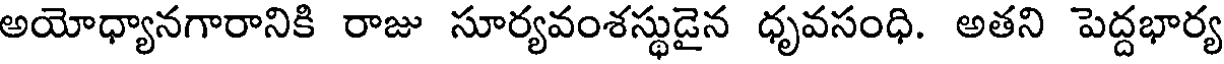
అయోధ్యానగారానికి రాజు సూర్యవంశస్థుడైన ధృవసంధి. అతని పెద్దభార్య